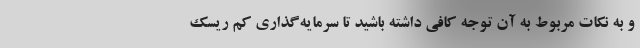
و به نکات مربوط به آن توجه کافی داشته باشید تا سرمایه‌گذاری کم ریسک